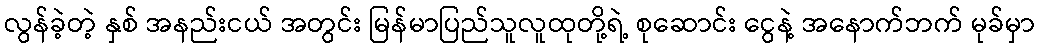
လွန်ခဲ့တဲ့ နှစ် အနည်းငယ် အတွင်း မြန်မာပြည်သူလူထုတို့ရဲ့ စုဆောင်း ငွေနဲ့ အနောက်ဘက် မုခ်မှာ